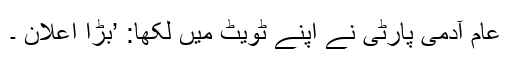
عام آدمی پارٹی نے اپنے ٹویٹ میں لکھا: ’بڑا اعلان ۔